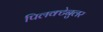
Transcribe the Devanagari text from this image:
पिलक्टेनुलर